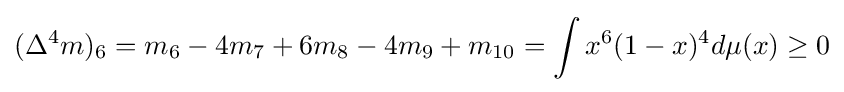
(\Delta ^{4}m)_{6}=m_{6}-4m_{7}+6m_{8}-4m_{9}+m_{10}=\int x^{6}(1-x)^{4}d\mu (x)\geq 0